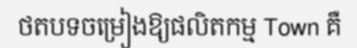
ថតបទចម្រៀងឱ្យផលិតកម្ម Town គឺ